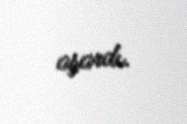
aşardı.